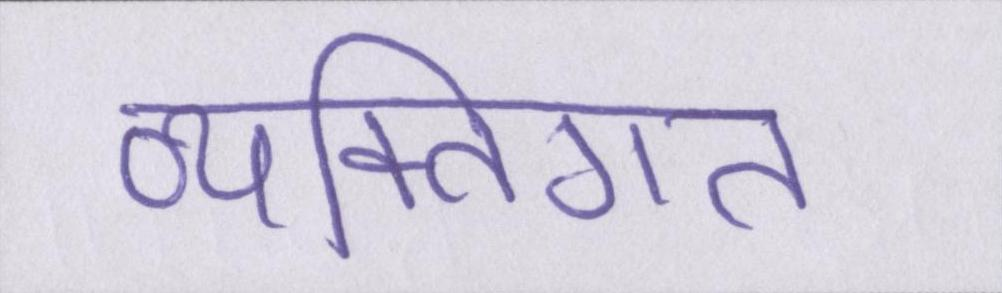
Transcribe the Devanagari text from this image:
व्यक्तिगत